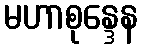
မဟာစုန္ဒေန